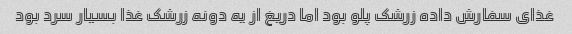
غذای سفارش داده زرشک پلو بود اما دریغ از یه دونه زرشک غذا بسیار سرد بود